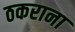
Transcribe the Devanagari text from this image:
ठकराना